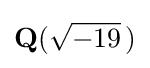
\mathbf {Q} ({\sqrt {-19}}\,)